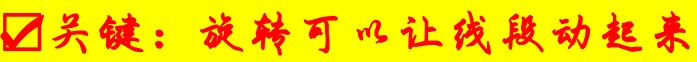
✔关键：旋转可以让线段动起来